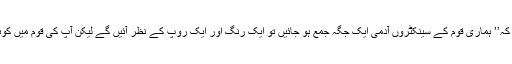
ایک انگریز نے شاہ صاحب سے سوال کیا کہ’’ ہماری قوم کے سینکٹروں آدمی ایک جگہ جمع ہو جائیں تو ایک رنگ اور ایک روپ کے نظر آئیں گے لیکن آپ کی قوم میں کوئی کالا کوئی گورا کوئی سانولا ایسا کیوں؟